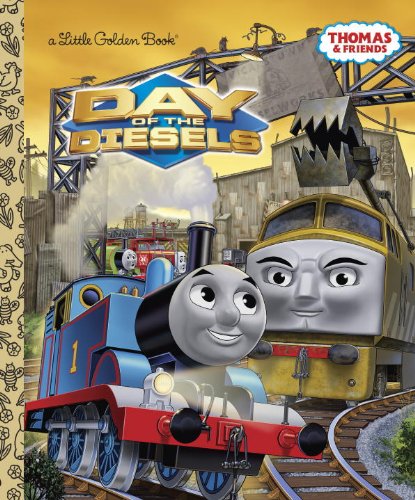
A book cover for Day of the Diesels (Thomas & Friends) (Little Golden Book); Rev. W. Awdry; Children's Books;